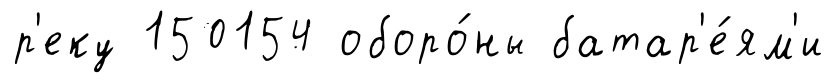
р'еку 150154 оборо́ны батар'е́ям'и